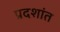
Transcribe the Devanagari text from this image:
प्रदशांत